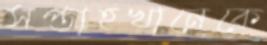
সপ্তাহখানেকে